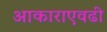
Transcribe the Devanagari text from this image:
आकाराएवढी